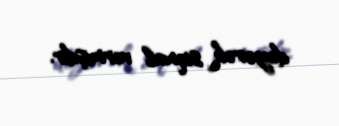
deyərək siqnal vermişdir.